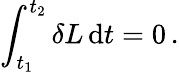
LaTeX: \int_{t_{1}}^{t_{2}}\delta L\, \mathrm{d}t=0\, .